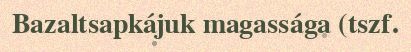
Bazaltsapkájuk magassága (tszf.